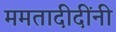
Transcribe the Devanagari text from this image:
ममतादीदींनी